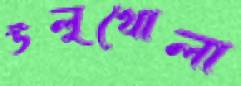
উলুখোলা